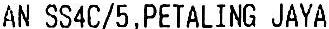
AN SS4C/5,PETALING JAYA